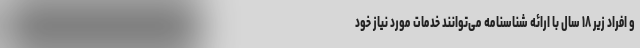
و افراد زیر ۱۸ سال با ارائه شناسنامه می‌توانند خدمات مورد نیاز خود